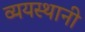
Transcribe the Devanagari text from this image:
व्ययस्थानी